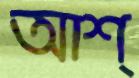
আশ্